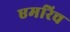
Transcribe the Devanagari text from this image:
एमरिच